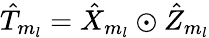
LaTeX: \hat{T}_{m_{l}}=\hat{X}_{m_{l}}\odot\hat{Z}_{m_{l}}